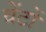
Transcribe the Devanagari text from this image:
वेंटों